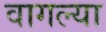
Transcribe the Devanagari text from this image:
वागल्या